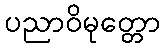
ပညာဝိမုတ္တော